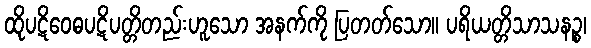
ထိုပဋိဝေဓပဋိပတ္တိတည်းဟူသော အနက်ကို ပြတတ်သော။ ပရိယတ္တိသာသနဉ္စ၊